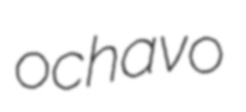
ochavo